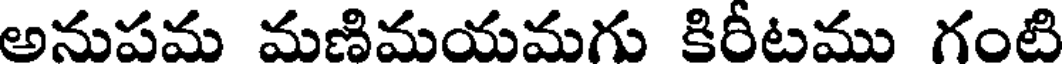
అనుపమ మణిమయమగు కిరీటము గంటి